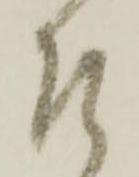
左